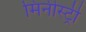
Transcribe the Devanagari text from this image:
मिनीस्‍ट्री